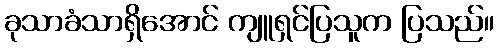
ခုသာခံသာရှိအောင် ကျူရှင်ပြသူက ပြသည်။